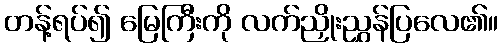
တန့်ရပ်၍ မြေကြီးကို လက်ညှိုးညွှန်ပြလေ၏။